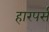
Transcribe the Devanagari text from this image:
हारपर्स